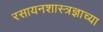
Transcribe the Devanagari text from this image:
रसायनशास्त्रज्ञाच्या